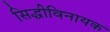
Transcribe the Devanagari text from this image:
सिद्धीविनायक